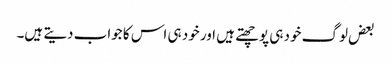
بعض لوگ خود ہی پوچھتے ہیں اور خود ہی اس کا جواب دیتے ہیں۔